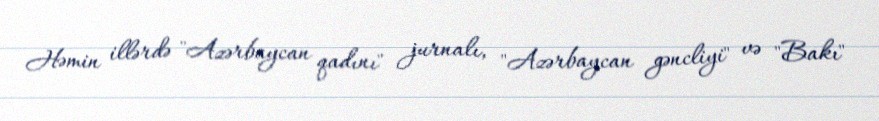
Həmin illərdə "Azərbaycan qadını" jurnalı, "Azərbaycan gəncliyi" və "Bakı"